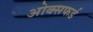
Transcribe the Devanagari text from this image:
ओक्सफर्ड